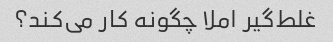
غلط‌گیر املا چگونه کار می‌کند؟